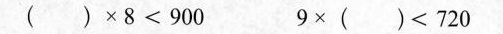
$$()\times8<900$$$$9\times()<720$$